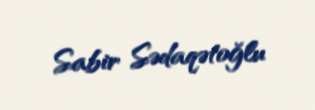
Sabir Sədaqətoğlu